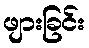
ဖျားခြင်း